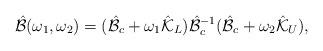
LaTeX: \begin{align*}\hat{\mathcal{B}}(\omega_{1},\omega_{2})=(\hat{\mathcal{B}}_{c}+\omega_{1}\hat{\mathcal{K}}_{L})\hat{\mathcal{B}}_{c}^{-1}(\hat{\mathcal{B}}_{c}+\omega_{2}\hat{\mathcal{K}}_{U}),\end{align*}